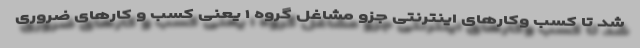
شد تا کسب ‌وکارهای اینترنتی جزو مشاغل گروه ۱ یعنی کسب و کارهای ضروری